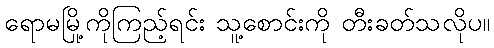
ရောမမြို့ကိုကြည့်ရင်း သူ့စောင်းကို တီးခတ်သလိုပ။